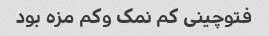
فتوچینی کم نمک و‌کم مزه بود